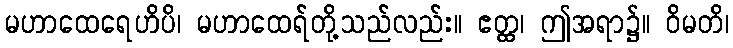
မဟာထေရေဟိပိ၊ မဟာထေရ်တို့သည်လည်း။ ဧတ္ထ၊ ဤအရာ၌။ ဝိမတိ၊